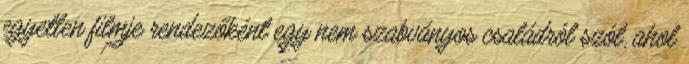
egyetlen filmje rendezőként egy nem szabványos családról szól, ahol